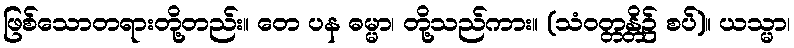
ဖြစ်သောတရားတို့တည်း။ တေ ပန ဓမ္မာ၊ တို့သည်ကား။ (သံဝတ္တန္တိ၌ စပ်)။ ယသ္မာ၊